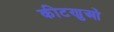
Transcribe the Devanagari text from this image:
कीटणुओं